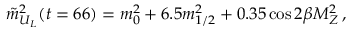
\tilde { m } _ { U _ { L } } ^ { 2 } ( t = 6 6 ) = m _ { 0 } ^ { 2 } + 6 . 5 m _ { 1 / 2 } ^ { 2 } + 0 . 3 5 \cos { 2 \beta } M _ { Z } ^ { 2 } \, ,